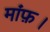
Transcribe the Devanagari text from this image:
मांफ़।